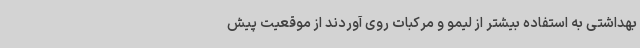
بهداشتی به استفاده بیشتر از لیمو و مرکبات روی آوردند از موقعیت پیش